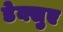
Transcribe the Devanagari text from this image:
डेक्सुए